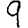
Digit: 9